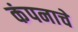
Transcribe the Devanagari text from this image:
कंपनाचे